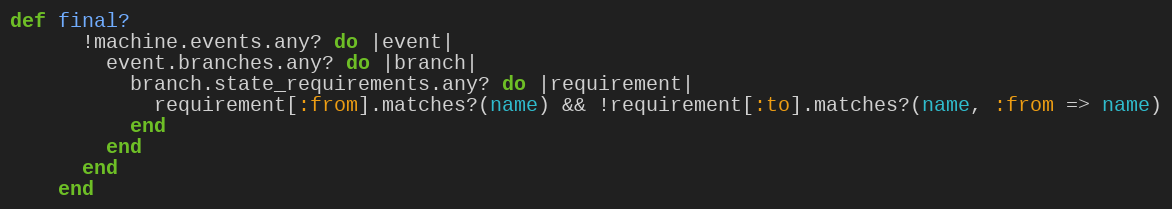
Language: Ruby
def final?
      !machine.events.any? do |event|
        event.branches.any? do |branch|
          branch.state_requirements.any? do |requirement|
            requirement[:from].matches?(name) && !requirement[:to].matches?(name, :from => name)
          end
        end
      end
    end